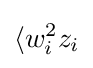
\langle w_{i}^{2}z_{i}